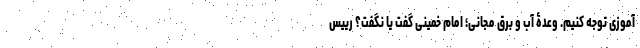
آموزی توجه کنیم. وعدۀ آب و برق مجانی؛ امام خمینی گفت یا نگفت؟ رییس